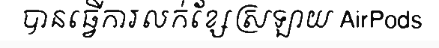
បានធ្វើការលក់ខ្សែស្រឡាយ AirPods